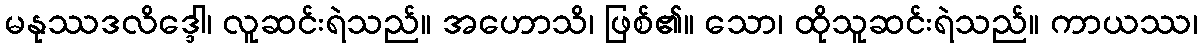
မနုဿဒလိဒ္ဒေါ၊ လူဆင်းရဲသည်။ အဟောသိ၊ ဖြစ်၏။ သော၊ ထိုသူဆင်းရဲသည်။ ကာယဿ၊